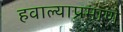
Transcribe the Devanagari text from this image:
हवाल्याप्रमाणे